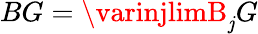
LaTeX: BG=\varinjlimB_{\mathit{j}}G